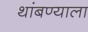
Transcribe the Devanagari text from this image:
थांबण्याला